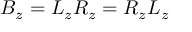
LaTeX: B _ { z } = L _ { z } R _ { z } = R _ { z } L _ { z }